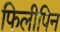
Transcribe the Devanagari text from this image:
फिलीपिन